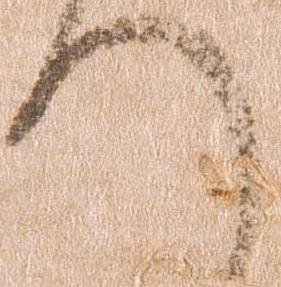
へ